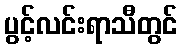
ပွင့်လင်းရာသီတွင်